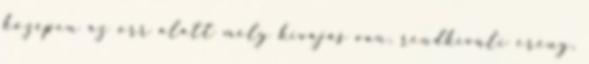
középen az orr alatt mély kivájás van, rendkívüli erény,